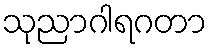
သုညာဂါရဂတာ